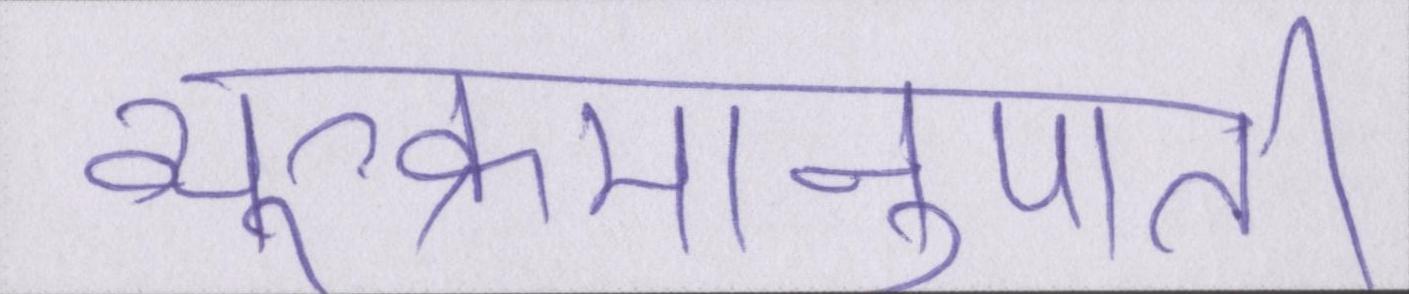
व्युत्क्रमानुपाती